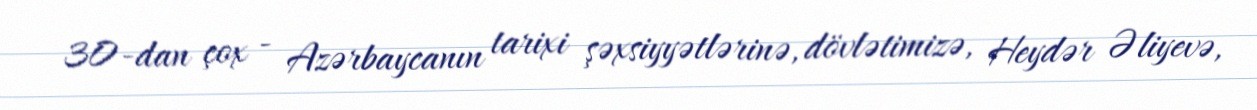
30-dan çox - Azərbaycanın tarixi şəxsiyyətlərinə, dövlətimizə, Heydər Əliyevə,